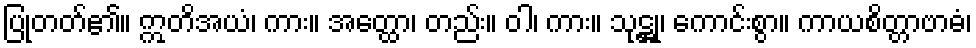
ပြုတတ်၏။ ဣတိအယံ၊ ကား။ အတ္ထော၊ တည်း။ ဝါ၊ ကား။ သုဋ္ဌု၊ ကောင်းစွာ။ ကာယစိတ္တာဗာဓံ၊